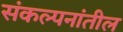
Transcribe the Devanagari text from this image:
संकल्पनांतील